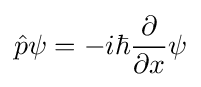
{\hat {p}}\psi =-i\hbar {\frac {\partial }{\partial x}}\psi